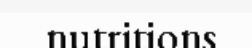
nutritions